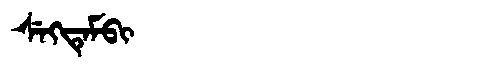
Manchu: ᠰᡝᡴᡨᡝᠮᠪᡳ
Romanization: SEKTEMBI